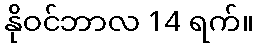
နိုဝင်ဘာလ 14 ရက်။